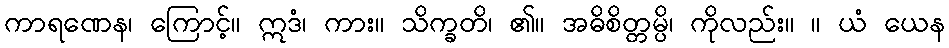
ကာရဏေန၊ ကြောင့်။ ဣဒံ၊ ကား။ သိက္ခတိ၊ ၏။ အဓိစိတ္တမ္ပိ၊ ကိုလည်း။ ။ ယံ ယေန